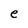
Character: e